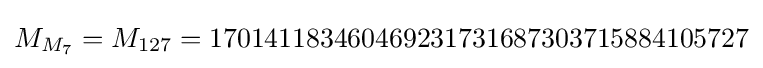
M_{M_{7}}=M_{127}=170141183460469231731687303715884105727